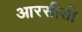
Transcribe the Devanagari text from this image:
आरसीसी